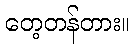
တေ့တန်တား။